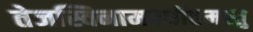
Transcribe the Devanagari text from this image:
तेजस्विनामवधीतमस्तु